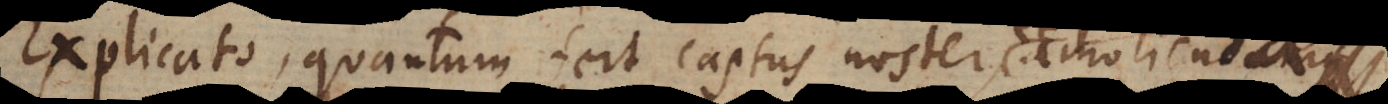
Explicato, quantum fert captus noster, amoliendamque